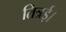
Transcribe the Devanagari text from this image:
तित्रई।